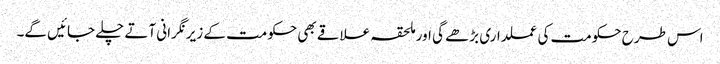
اس طرح حکومت کی عملداری بڑھے گی اور ملحقہ علاقے بھی حکومت کے زیرنگرانی آتے چلے جائیں گے۔